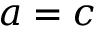
a = c